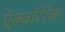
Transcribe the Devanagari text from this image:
ऍक्वॉटीक